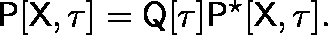
\mathsf { P } [ \mathsf { X } , \mathsf { \tau } ] = \mathsf { Q } [ \tau ] \mathsf { P } ^ { \star } [ \mathsf { X } , \mathsf { \tau } ] .